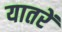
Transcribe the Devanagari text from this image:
यातरें